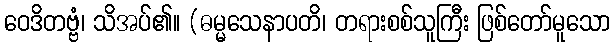
ဝေဒိတဗ္ဗံ၊ သိအပ်၏။ (ဓမ္မသေနာပတိ၊ တရားစစ်သူကြီး ဖြစ်တော်မူသော